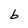
Character: b